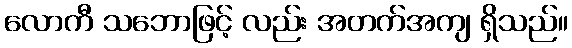
လောကီ သဘောဖြင့် လည်း အတက်အကျ ရှိသည်။